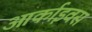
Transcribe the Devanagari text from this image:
आर्काइवस